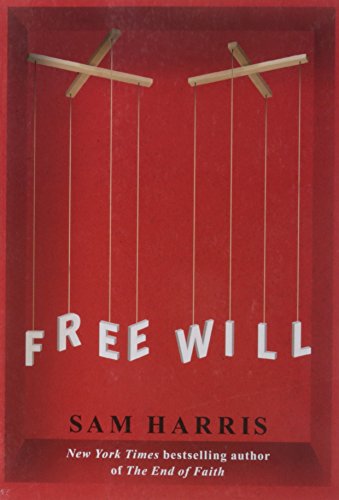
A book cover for Free Will; Sam Harris; Science & Math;